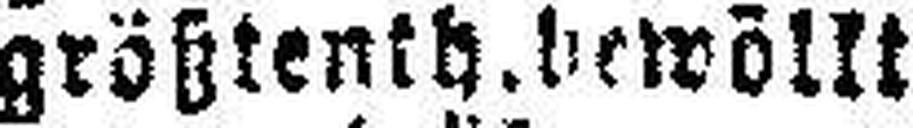
größtenth.bewölkt